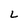
Character: L